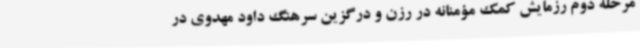
مرحله دوم رزمایش کمک مؤمنانه در رزن و درگزین سرهنگ داود مهدوی در